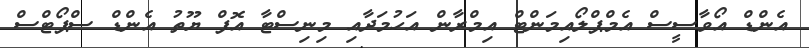
އެންޑް އޯވާސީސް އެމްޕްލޯއިމަންޓް އިމްރާން އަހުމަދާއި މިނިސްޓާ އޮފް ޔޫތު އެންޑް ސްޕޯޓްސް